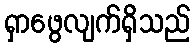
ရှာဖွေလျက်ရှိသည်